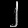
Digit: ၂